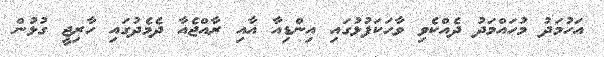
އަހުމަދު މުހައްމަދު ދެއްކެވި ވާހަކަފުޅުގައި އިންޑިއާ އާއި ރާއްޖެއާ ދެމެދުގައި ހާރިޖީ ގުޅުން